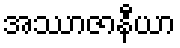
အဿာဇာနီယာ